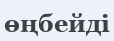
өңбейді